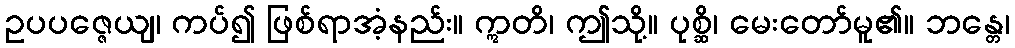
ဥပပဇ္ဇေယျ၊ ကပ်၍ ဖြစ်ရာအံ့နည်း။ ဣတိ၊ ဤသို့။ ပုစ္ဆိ၊ မေးတော်မူ၏။ ဘန္တေ၊